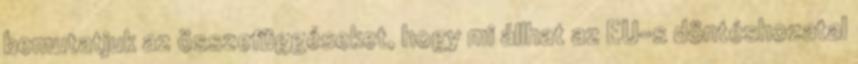
bemutatjuk az összefüggéseket, hogy mi állhat az EU-s döntéshozatal